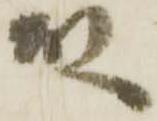
殿